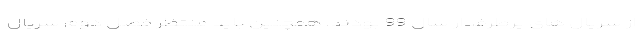
از سریال های پرطرفدار سال 99 بودند. همچنین باید منتظر فصل دوم سریال